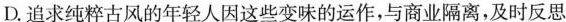
D.追求纯粹古风的年轻人因这些变味的运作，与商业隔离，及时反思